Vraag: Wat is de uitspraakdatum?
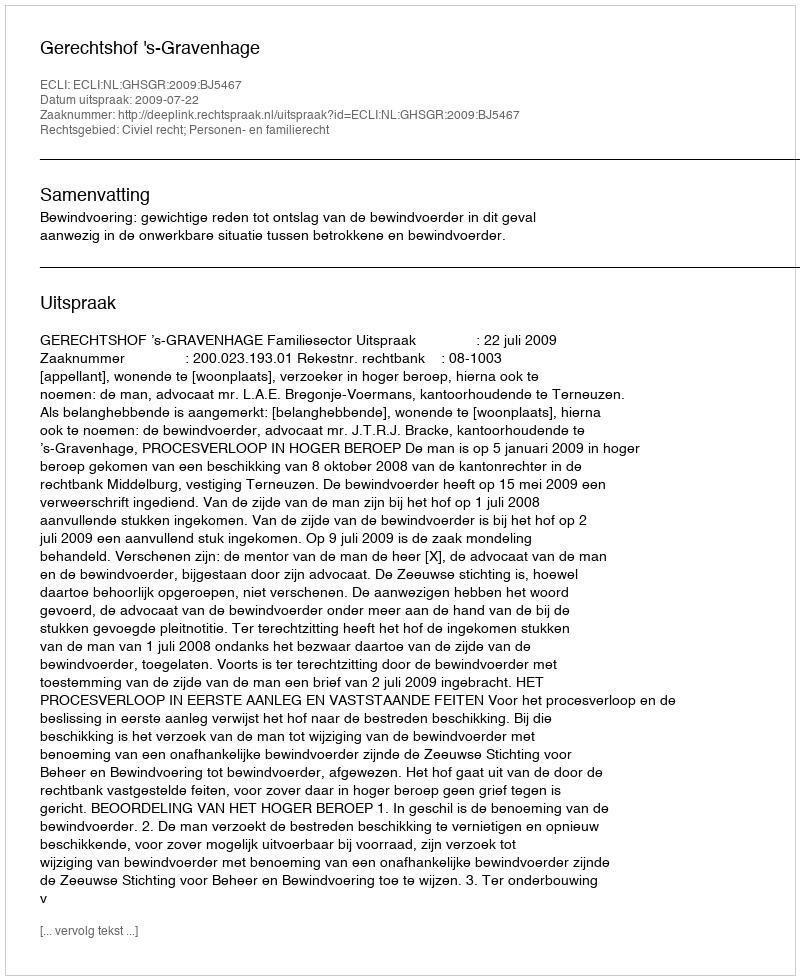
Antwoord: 2009-07-22